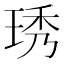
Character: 琇